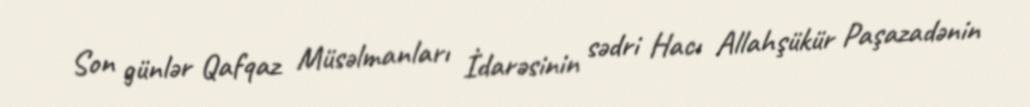
Son günlər Qafqaz Müsəlmanları İdarəsinin sədri Hacı Allahşükür Paşazadənin